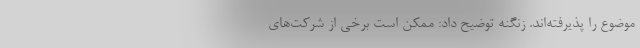
موضوع را پذیرفته‌اند. زنگنه توضیح داد: ممکن است برخی از شرکت‌های